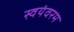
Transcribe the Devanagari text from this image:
स्वयंवरम